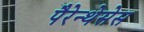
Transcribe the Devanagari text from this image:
पैरेन्थेसेस